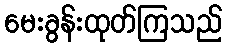
မေးခွန်းထုတ်ကြသည်